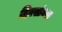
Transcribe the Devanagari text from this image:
दिवसांनतर